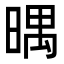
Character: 㬂